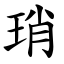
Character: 琑